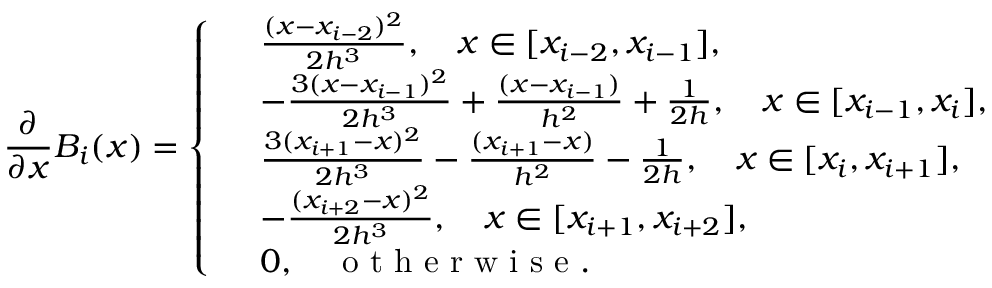
\frac { \partial } { \partial x } B _ { i } ( x ) = \left\{ \begin{array} { r l } & { \frac { ( x - x _ { i - 2 } ) ^ { 2 } } { 2 h ^ { 3 } } , \quad x \in [ x _ { i - 2 } , x _ { i - 1 } ] , } \\ & { - \frac { 3 ( x - x _ { i - 1 } ) ^ { 2 } } { 2 h ^ { 3 } } + \frac { ( x - x _ { i - 1 } ) } { h ^ { 2 } } + \frac { 1 } { 2 h } , \quad x \in [ x _ { i - 1 } , x _ { i } ] , } \\ & { \frac { 3 ( x _ { i + 1 } - x ) ^ { 2 } } { 2 h ^ { 3 } } - \frac { ( x _ { i + 1 } - x ) } { h ^ { 2 } } - \frac { 1 } { 2 h } , \quad x \in [ x _ { i } , x _ { i + 1 } ] , } \\ & { - \frac { ( x _ { i + 2 } - x ) ^ { 2 } } { 2 h ^ { 3 } } , \quad x \in [ x _ { i + 1 } , x _ { i + 2 } ] , } \\ & { 0 , \quad \textup { o t h e r w i s e } . } \end{array} \right.